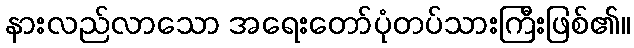
နားလည်လာသော အရေးတော်ပုံတပ်သားကြီးဖြစ်၏။